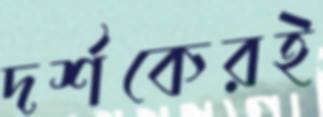
দর্শকেরই